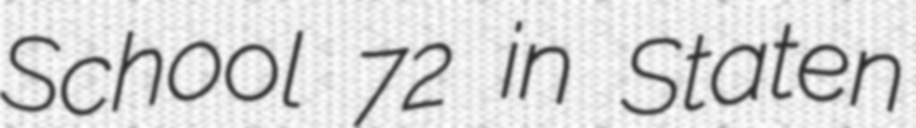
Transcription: School 72 in Staten